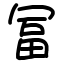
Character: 冨